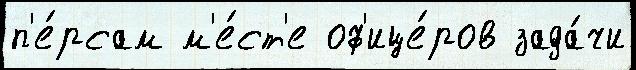
п'е́рсам м'е́ст'е оф'ице́ров зада́чи